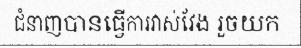
ជំនាញបានធ្វើការវាស់វែង រួចយក